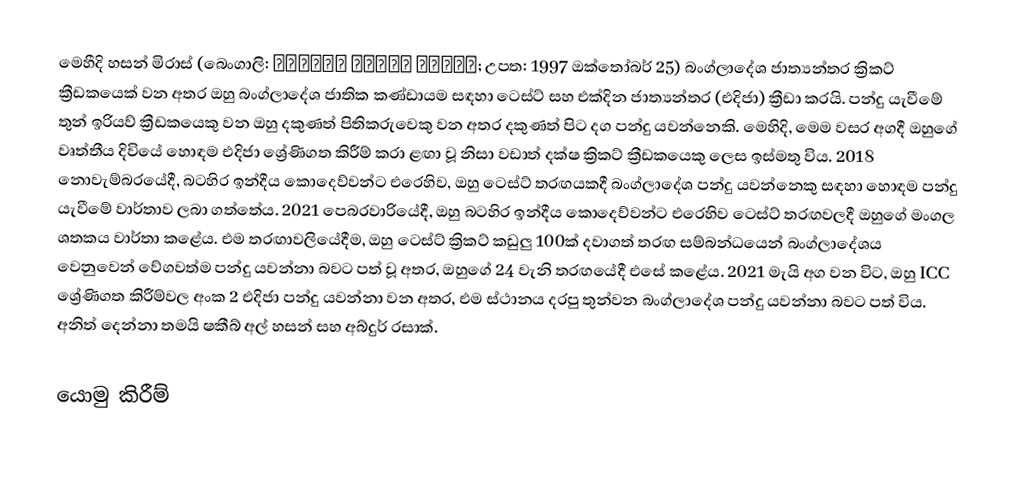
මෙහීදි හසන් මිරාස් (බෙංගාලි: মেহেদী হাসান মিরাজ; උපත: 1997 ඔක්තෝබර් 25) බංග්ලාදේශ ජාත්‍යන්තර ක්‍රිකට් ක්‍රීඩකයෙක් වන අතර ඔහු බංග්ලාදේශ ජාතික කණ්ඩායම සඳහා ටෙස්ට් සහ එක්දින ජාත්‍යන්තර (එදිජා) ක්‍රීඩා කරයි. පන්දු යැවීමේ තුන් ඉරියව් ක්‍රීඩකයෙකු වන ඔහු දකුණත් පිතිකරුවෙකු වන අතර දකුණත් පිට දග පන්දු යවන්නෙකි. මෙහිදි, මෙම වසර අගදී ඔහුගේ වෘත්තීය දිවියේ හොඳම එදිජා ශ්‍රේණිගත කිරීම් කරා ළඟා වූ නිසා වඩාත් දක්ෂ ක්‍රිකට් ක්‍රීඩකයෙකු ලෙස ඉස්මතු විය. 2018 නොවැම්බරයේදී, බටහිර ඉන්දීය කොදෙව්වන්ට එරෙහිව, ඔහු ටෙස්ට් තරඟයකදී බංග්ලාදේශ පන්දු යවන්නෙකු සඳහා හොඳම පන්දු යැවීමේ වාර්තාව ලබා ගත්තේය. 2021 පෙබරවාරියේදී, ඔහු බටහිර ඉන්දීය කොදෙව්වන්ට එරෙහිව ටෙස්ට් තරඟවලදී ඔහුගේ මංගල ශතකය වාර්තා කළේය. එම තරඟාවලියේදීම, ඔහු ටෙස්ට් ක්‍රිකට් කඩුලු 100ක් දවාගත් තරඟ සම්බන්ධයෙන් බංග්ලාදේශය වෙනුවෙන් වේගවත්ම පන්දු යවන්නා බවට පත් වූ අතර, ඔහුගේ 24 වැනි තරඟයේදී එසේ කළේය. 2021 මැයි අග වන විට, ඔහු ICC ශ්‍රේණිගත කිරීම්වල අංක 2 එදිජා පන්දු යවන්නා වන අතර, එම ස්ථානය දරපු තුන්වන බංග්ලාදේශ පන්දු යවන්නා බවට පත් විය. අනිත් දෙන්නා තමයි ෂකීබ් අල් හසන් සහ අබ්දුර් රසාක්.

යොමු කිරීම්